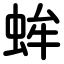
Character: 蛑